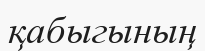
қабыгының